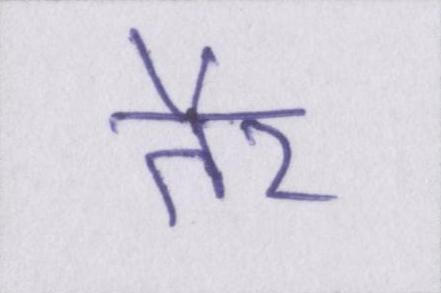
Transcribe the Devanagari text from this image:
तैर